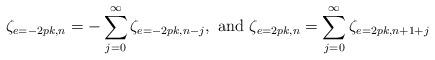
LaTeX: \begin{align*}\zeta_{e=-2pk,n}=-\sum_{j=0}^{\infty}\zeta_{e=-2pk,n-j},\mbox{ and }\zeta_{e=2pk,n}=\sum_{j=0}^{\infty}\zeta_{e=2pk,n+1+j}\end{align*}